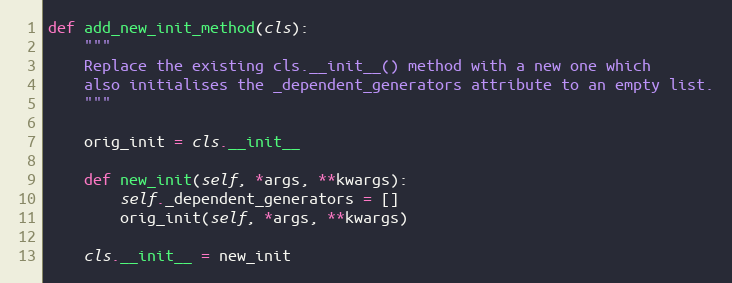
Language: Python
def add_new_init_method(cls):
    """
    Replace the existing cls.__init__() method with a new one which
    also initialises the _dependent_generators attribute to an empty list.
    """

    orig_init = cls.__init__

    def new_init(self, *args, **kwargs):
        self._dependent_generators = []
        orig_init(self, *args, **kwargs)

    cls.__init__ = new_init